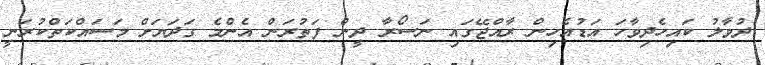
ދުވާލު ކައިހެދިވާހަ އަޑުއެހިން ރާއްޖޭގައި ނަސޯރާ ދީން ފަތުރަން އެންމެ ގަދަޔަށް މަސައްކަތްކުރަނީ